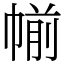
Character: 㡐